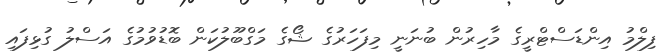
ފިލްމު އިންޑަސްޓްރީގެ މާހިރުން ބުނަނީ މިފަހަރުގެ ޝޯގެ މަގްބޫލުކަން ބޮޑުވުމުގެ އަސްލު ގުޅިފައި